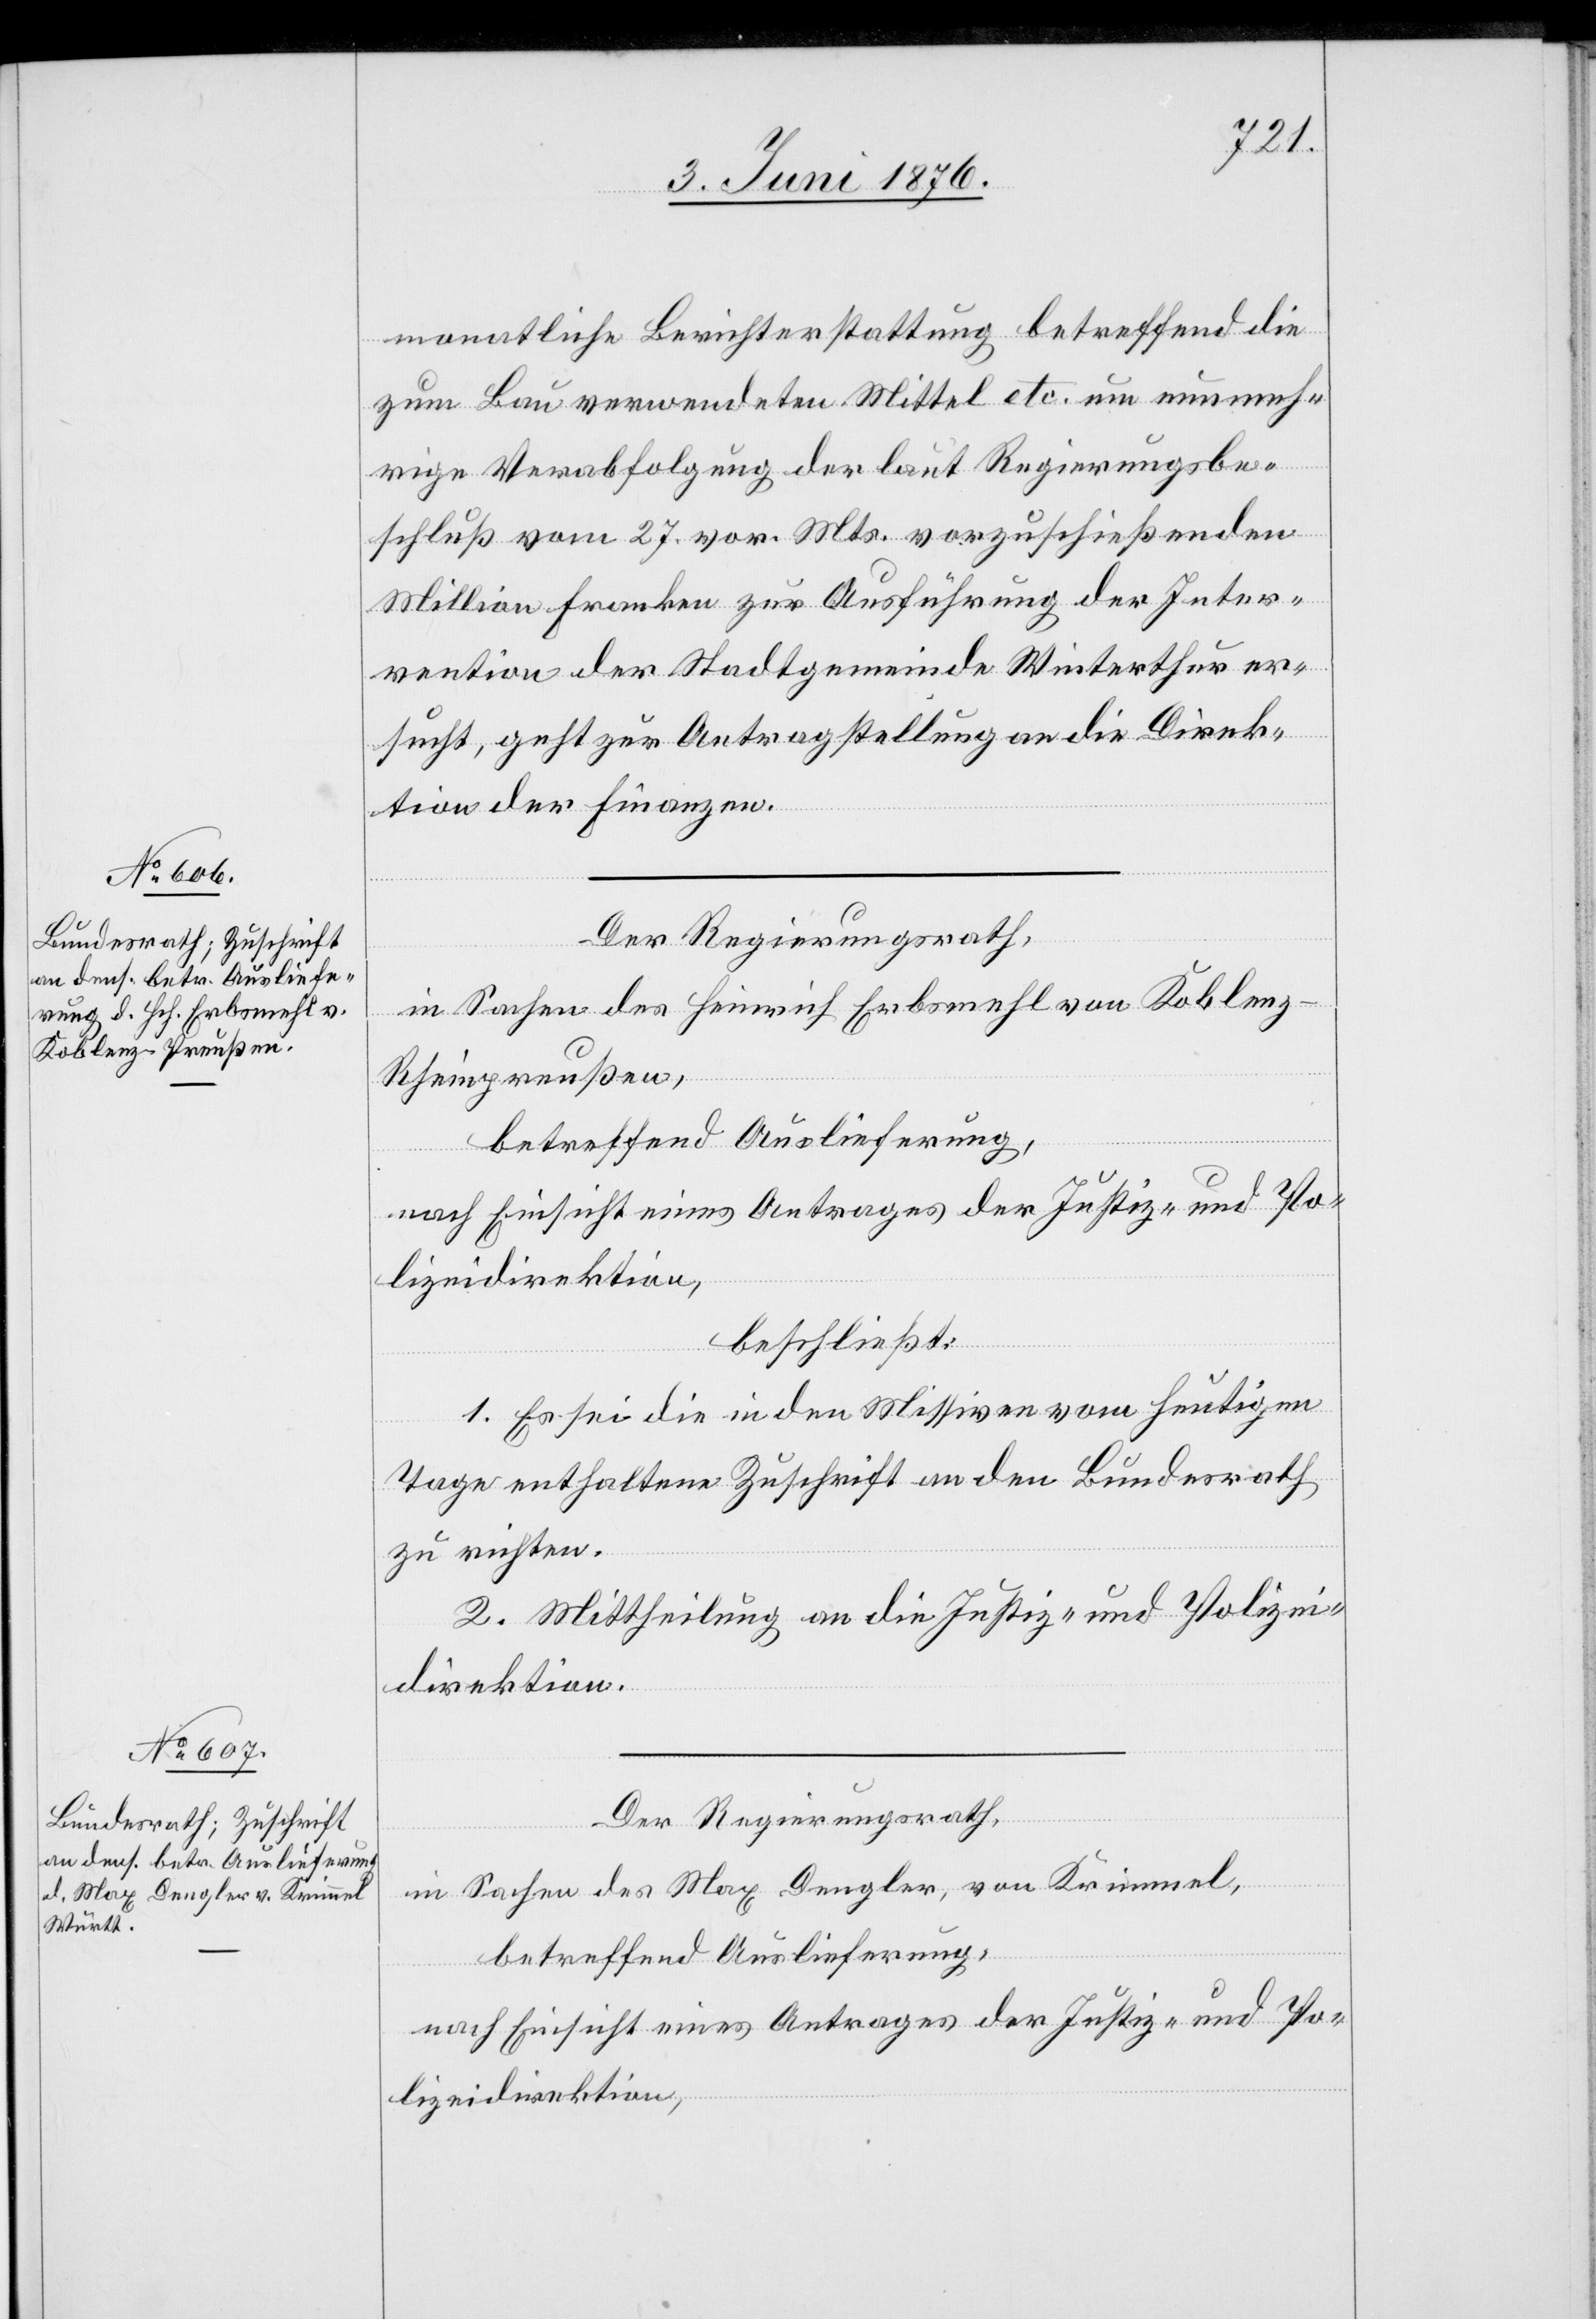
8. Juni 1876.]
namentliche Berichterstattung betreffend die
zum Bau verwendeten Mittel etc. um nunmeh¬
rige Verabfolgung der laut Regierungsbe¬
schluß vom 27. vor. Mts. vorzuschießenden
sucht, geht zur Antragstellung an die Direk¬
tion der Finanzen.
Der Regierungsrath,
in Sachen des Heinrich Erbsmehl von Koblenz
Rheinpreußen,
betreffend Auslieferung,
nach Einsicht eines Antrages der Justiz- und Po¬
lizeidirektion,
beschließt:
1. Es sei die in den Missiven vom heutigen
Tage enthaltene Zuschrift an den Bundesrath
zu richten.
2. Mittheilung an die Justiz- und Polizei¬
direktion.
Der Regierungsrath,
er¬
in Sachen des Max Dengler, von Krimmel,
betreffend Auslieferung,
nach Einsicht eines Antrages der Justiz- und Po¬
lizeidirektion,